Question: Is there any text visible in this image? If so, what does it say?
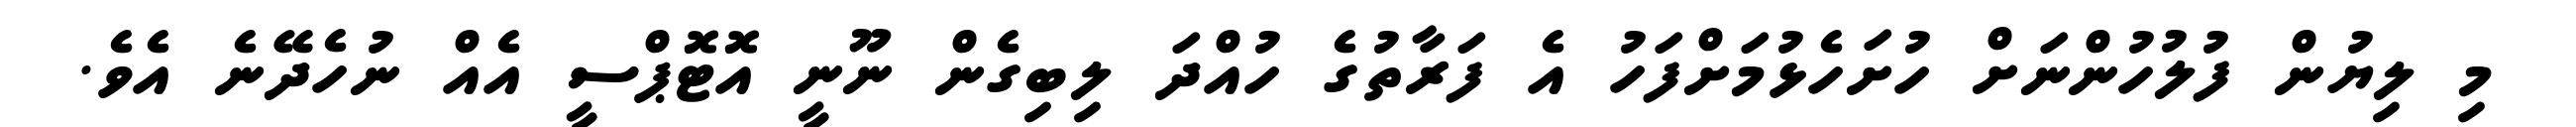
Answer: މި ލިޔުން ފުލުހުންނަށް ހުށަހެޅުމަށްފަހު އެ ފަރާތުގެ ހުއްދަ ލިބިގެން ނޫނީ އޮޓޮޕްސީ އެއް ނުހެދޭނެ އެވެ.